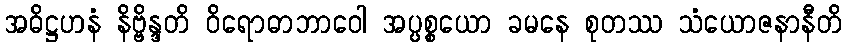
အဓိဋ္ဌဟနံ နိဗ္ဗိန္ဒတိ ဝိရောဓာဘာဝေါ အပ္ပစ္စယော ခမနေ စုတဿ သံယောဇနာနီတိ